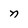
Character: n